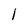
Character: l